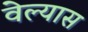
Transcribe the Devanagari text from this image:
वेल्यास